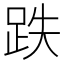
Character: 跌